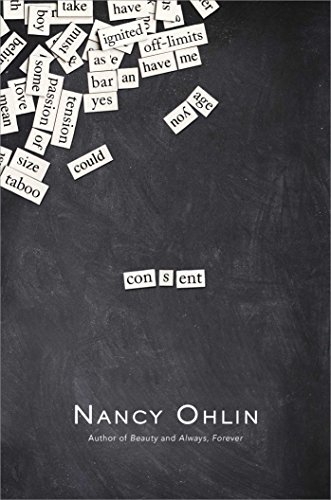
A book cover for Consent; Nancy Ohlin; Teen & Young Adult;